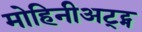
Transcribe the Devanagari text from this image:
मोहिनीअट्ट्म